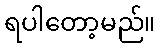
ရပါတော့မည်။